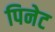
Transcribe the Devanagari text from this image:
पिनेट